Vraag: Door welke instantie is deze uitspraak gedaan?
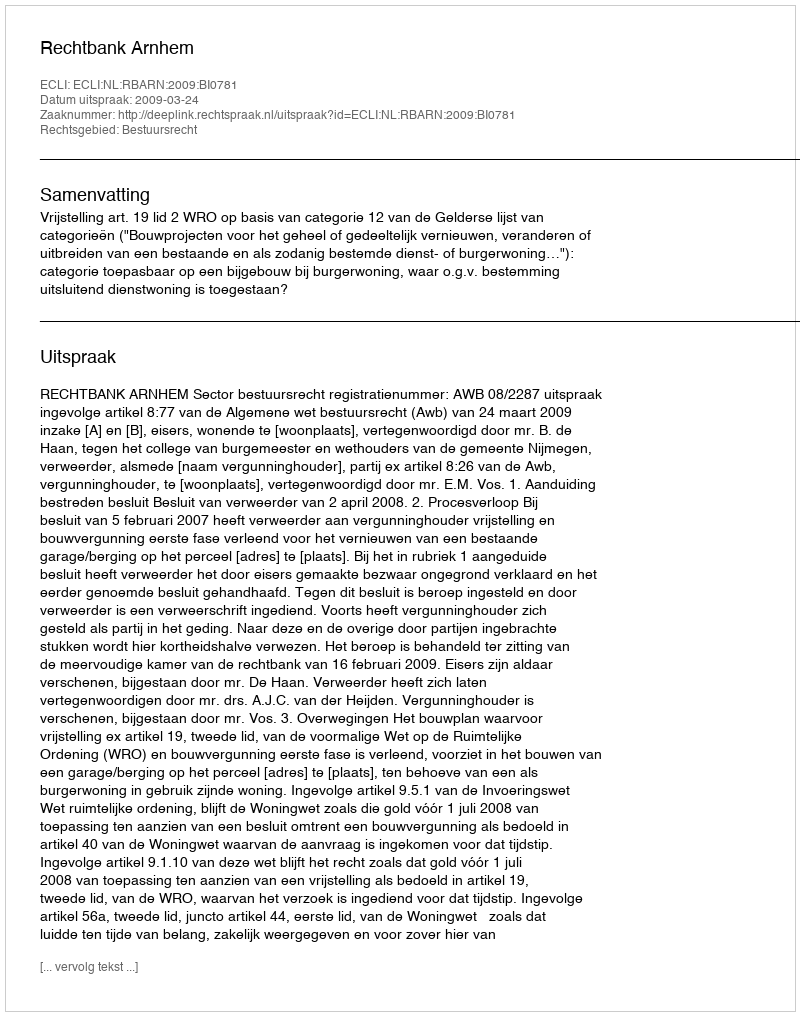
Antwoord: Rechtbank Arnhem